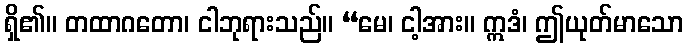
ရှိ၏။ တထာဂတော၊ ငါဘုရားသည်။ “မေ၊ ငါ့အား။ ဣဒံ၊ ဤယုတ်မာသော